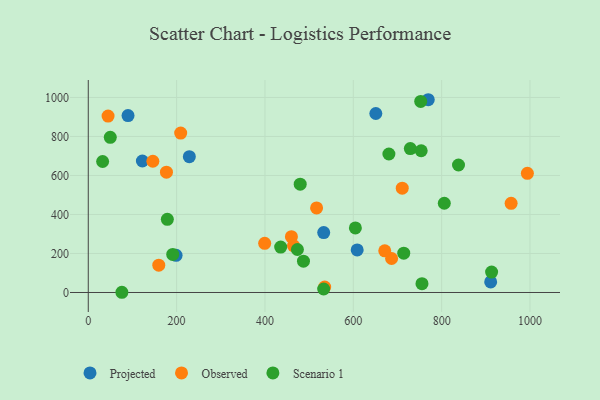
{"axis": {"x": "Speed", "y": "Profit"}, "legend": ["Observed", "Projected", "Scenario 1"], "data": [{"x": "651.0", "y": 917.8, "type": "Projected"}, {"x": "608.8", "y": 218.1, "type": "Projected"}, {"x": "228.8", "y": 696.5, "type": "Projected"}, {"x": "533.0", "y": 307.2, "type": "Projected"}, {"x": "90.0", "y": 907.3, "type": "Projected"}, {"x": "911.0", "y": 54.4, "type": "Projected"}, {"x": "198.8", "y": 190.8, "type": "Projected"}, {"x": "769.7", "y": 988.5, "type": "Projected"}, {"x": "122.5", "y": 674.3, "type": "Projected"}, {"x": "686.7", "y": 174.3, "type": "Observed"}, {"x": "459.9", "y": 286.4, "type": "Observed"}, {"x": "209.2", "y": 817.3, "type": "Observed"}, {"x": "516.9", "y": 433.5, "type": "Observed"}, {"x": "146.2", "y": 673.1, "type": "Observed"}, {"x": "399.4", "y": 252.0, "type": "Observed"}, {"x": "177.0", "y": 617.1, "type": "Observed"}, {"x": "464.6", "y": 240.1, "type": "Observed"}, {"x": "535.2", "y": 27.9, "type": "Observed"}, {"x": "957.3", "y": 457.4, "type": "Observed"}, {"x": "994.1", "y": 611.3, "type": "Observed"}, {"x": "159.6", "y": 140.0, "type": "Observed"}, {"x": "44.8", "y": 904.8, "type": "Observed"}, {"x": "671.2", "y": 213.4, "type": "Observed"}, {"x": "710.8", "y": 535.1, "type": "Observed"}, {"x": "487.2", "y": 160.7, "type": "Scenario 1"}, {"x": "473.5", "y": 220.4, "type": "Scenario 1"}, {"x": "604.7", "y": 331.3, "type": "Scenario 1"}, {"x": "680.6", "y": 710.3, "type": "Scenario 1"}, {"x": "49.8", "y": 795.5, "type": "Scenario 1"}, {"x": "755.5", "y": 45.2, "type": "Scenario 1"}, {"x": "913.1", "y": 104.8, "type": "Scenario 1"}, {"x": "191.2", "y": 195.0, "type": "Scenario 1"}, {"x": "729.1", "y": 738.0, "type": "Scenario 1"}, {"x": "179.0", "y": 375.1, "type": "Scenario 1"}, {"x": "838.2", "y": 653.8, "type": "Scenario 1"}, {"x": "32.5", "y": 671.8, "type": "Scenario 1"}, {"x": "806.0", "y": 457.7, "type": "Scenario 1"}, {"x": "479.8", "y": 555.4, "type": "Scenario 1"}, {"x": "714.2", "y": 201.4, "type": "Scenario 1"}, {"x": "76.1", "y": 1.1, "type": "Scenario 1"}, {"x": "752.6", "y": 979.7, "type": "Scenario 1"}, {"x": "435.6", "y": 232.9, "type": "Scenario 1"}, {"x": "532.9", "y": 17.8, "type": "Scenario 1"}, {"x": "753.7", "y": 726.9, "type": "Scenario 1"}]}